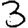
Digit: 3